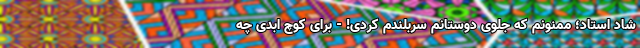
شاد استاد؛ ممنونم که جلوی دوستانم سربلندم کردی! - برای کوچ ابدی چه